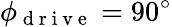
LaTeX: \phi_{\mathrm{~d~r~i~v~e~}}=90^{\circ}